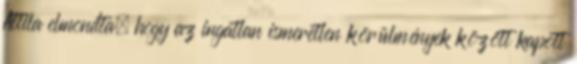
Attila elmondta, hogy az ingatlan ismeretlen körülmények között kapott